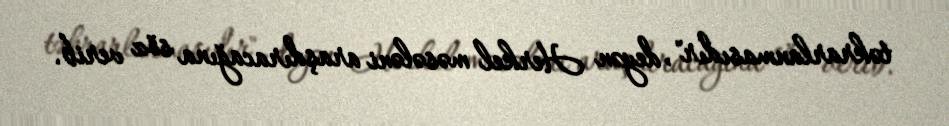
təkrarlanmasıdır", deyən Herkel məsələni araşdıracağına söz verib.